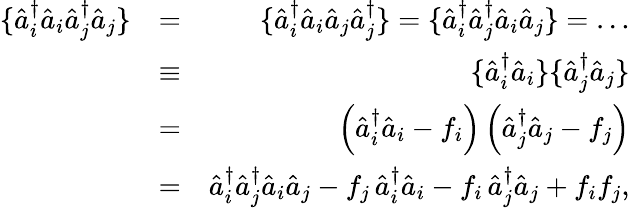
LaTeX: \begin{array}{rlr}{\{ \hat{a}_{i}^{\dagger}\hat{a}_{i}\hat{a}_{j}^{\dagger}\hat{a}_{j}\} }&{=}&{\{ \hat{a}_{i}^{\dagger}\hat{a}_{i}\hat{a}_{j}\hat{a}_{j}^{\dagger}\} =\{ \hat{a}_{i}^{\dagger}\hat{a}_{j}^{\dagger}\hat{a}_{i}\hat{a}_{j}\} =\dots}\\ &{\equiv}&{\{ \hat{a}_{i}^{\dagger}\hat{a}_{i}\} \{ \hat{a}_{j}^{\dagger}\hat{a}_{j}\} }\\ &{=}&{\left(\hat{a}_{i}^{\dagger}\hat{a}_{i}-f_{i}\right)\left(\hat{a}_{j}^{\dagger}\hat{a}_{j}-f_{j}\right)}\\ &{=}&{\hat{a}_{i}^{\dagger}\hat{a}_{j}^{\dagger}\hat{a}_{i}\hat{a}_{j}-f_{j}\, \hat{a}_{i}^{\dagger}\hat{a}_{i}-f_{i}\, \hat{a}_{j}^{\dagger}\hat{a}_{j}+f_{i}f_{j},}\end{array}